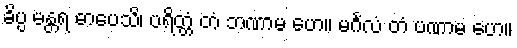
ခိပ္ပ မန္တရ ဓာပေသိ၊ ပရိတ္တံ တံ ဘဏာမ ဟေ။ မင်္ဂလံ တံ ပဏာမ ဟေ။